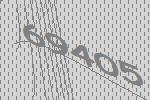
69405